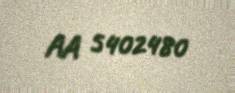
AA 5402480